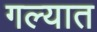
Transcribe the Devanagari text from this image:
गल्यात